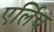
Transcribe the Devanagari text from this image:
एर्लिच